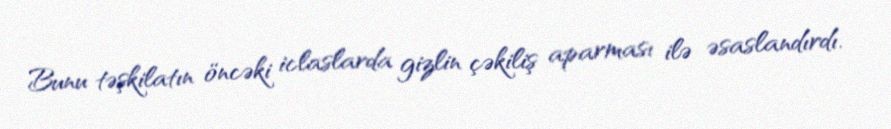
Bunu təşkilatın öncəki iclaslarda gizlin çəkiliş aparması ilə əsaslandırdı.